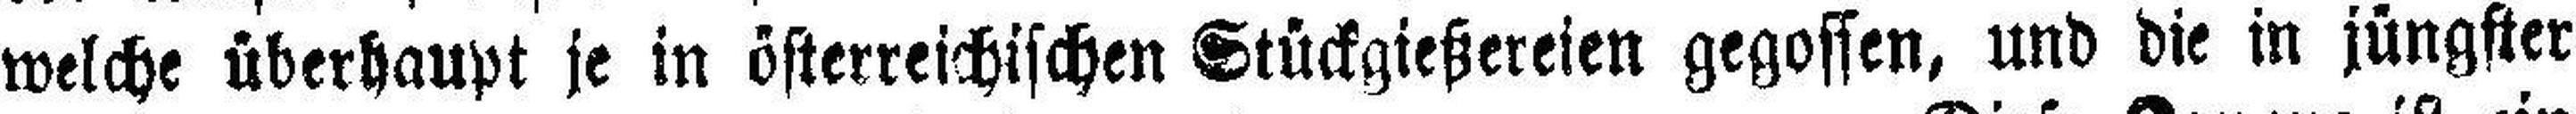
welche überhaupt je in österreichischen Stückgießereien gegossen, und die in jüngster